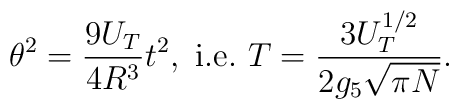
\theta^2=\frac{9U_T}{4R^3}t^2,~{\rm i.e.}~T=\frac{3U_T^{1/2}}{2g_5\sqrt{\pi N}}.